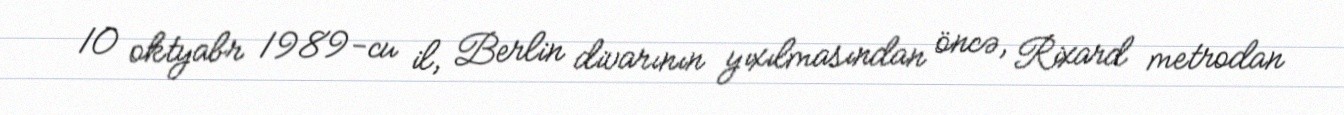
10 oktyabr 1989-cu il, Berlin divarının yıxılmasından öncə, Rixard metrodan